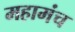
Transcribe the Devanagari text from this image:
महामंच